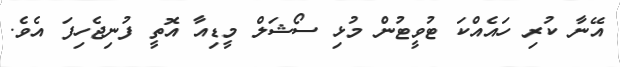
އޭނާ ކުރި ހައެއްކަ ޓުވީޓުން މުޅި ސޯޝަލް މީޑިއާ އޮތީ ފުނިޖެހިފަ އެވެ.